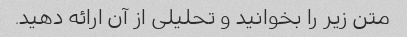
متن زیر را بخوانید و تحلیلی از آن ارائه دهید.